Annual administration and progress report of the Indian Medical Department, Bombay
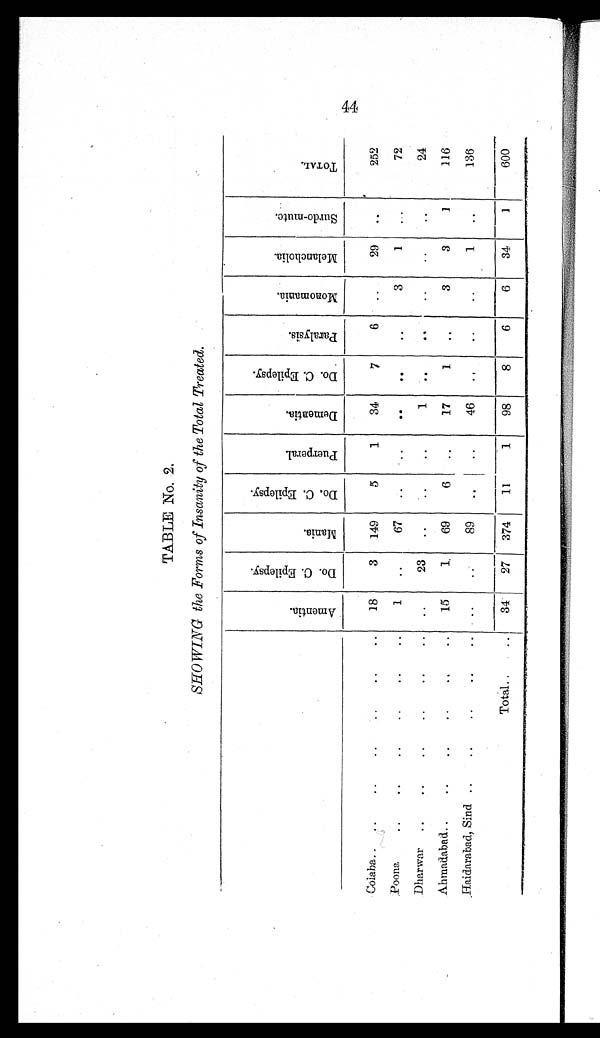
TABLE No. 2.
SHOWING the Forms of Insanity of the Total Treated.
A m e n t i a .
D o . C . E p i l e p s y .
M a n i a .
D o . C . E p i l e p s y .
P u e r p e r a l .
D e m e n t i a .
D o . C . E p i l e p s y .
P a r a l y s i s .
M o n o m a n i a .
M e l a n c h o l i a .
S u r d o - m u t e .
T O T A L .
Colaba .. ..
. .
..
..
. .
..
18
3
149
5
1
34
7
6
..
29
..
252
Poona
..
..
..
..
..
..
1
..
67
..
..
. .
..
. .
3
1
. .
72
Dharwar ..
..
..
..
..
..
..
23
..
..
..
1
..
..
..
. .
. .
24
Ahmadabad ..
..
..
..
..
..
15
1
69
6
..
17
1
..
3
3
1
116
Haidarabad, Sind ..
..
..
..
..
..
..
89
. .
..
46
. .
..
. .
1
..
136
Total ..
..
34
27
374
11
1
98
8
6
6
34
1
600
44